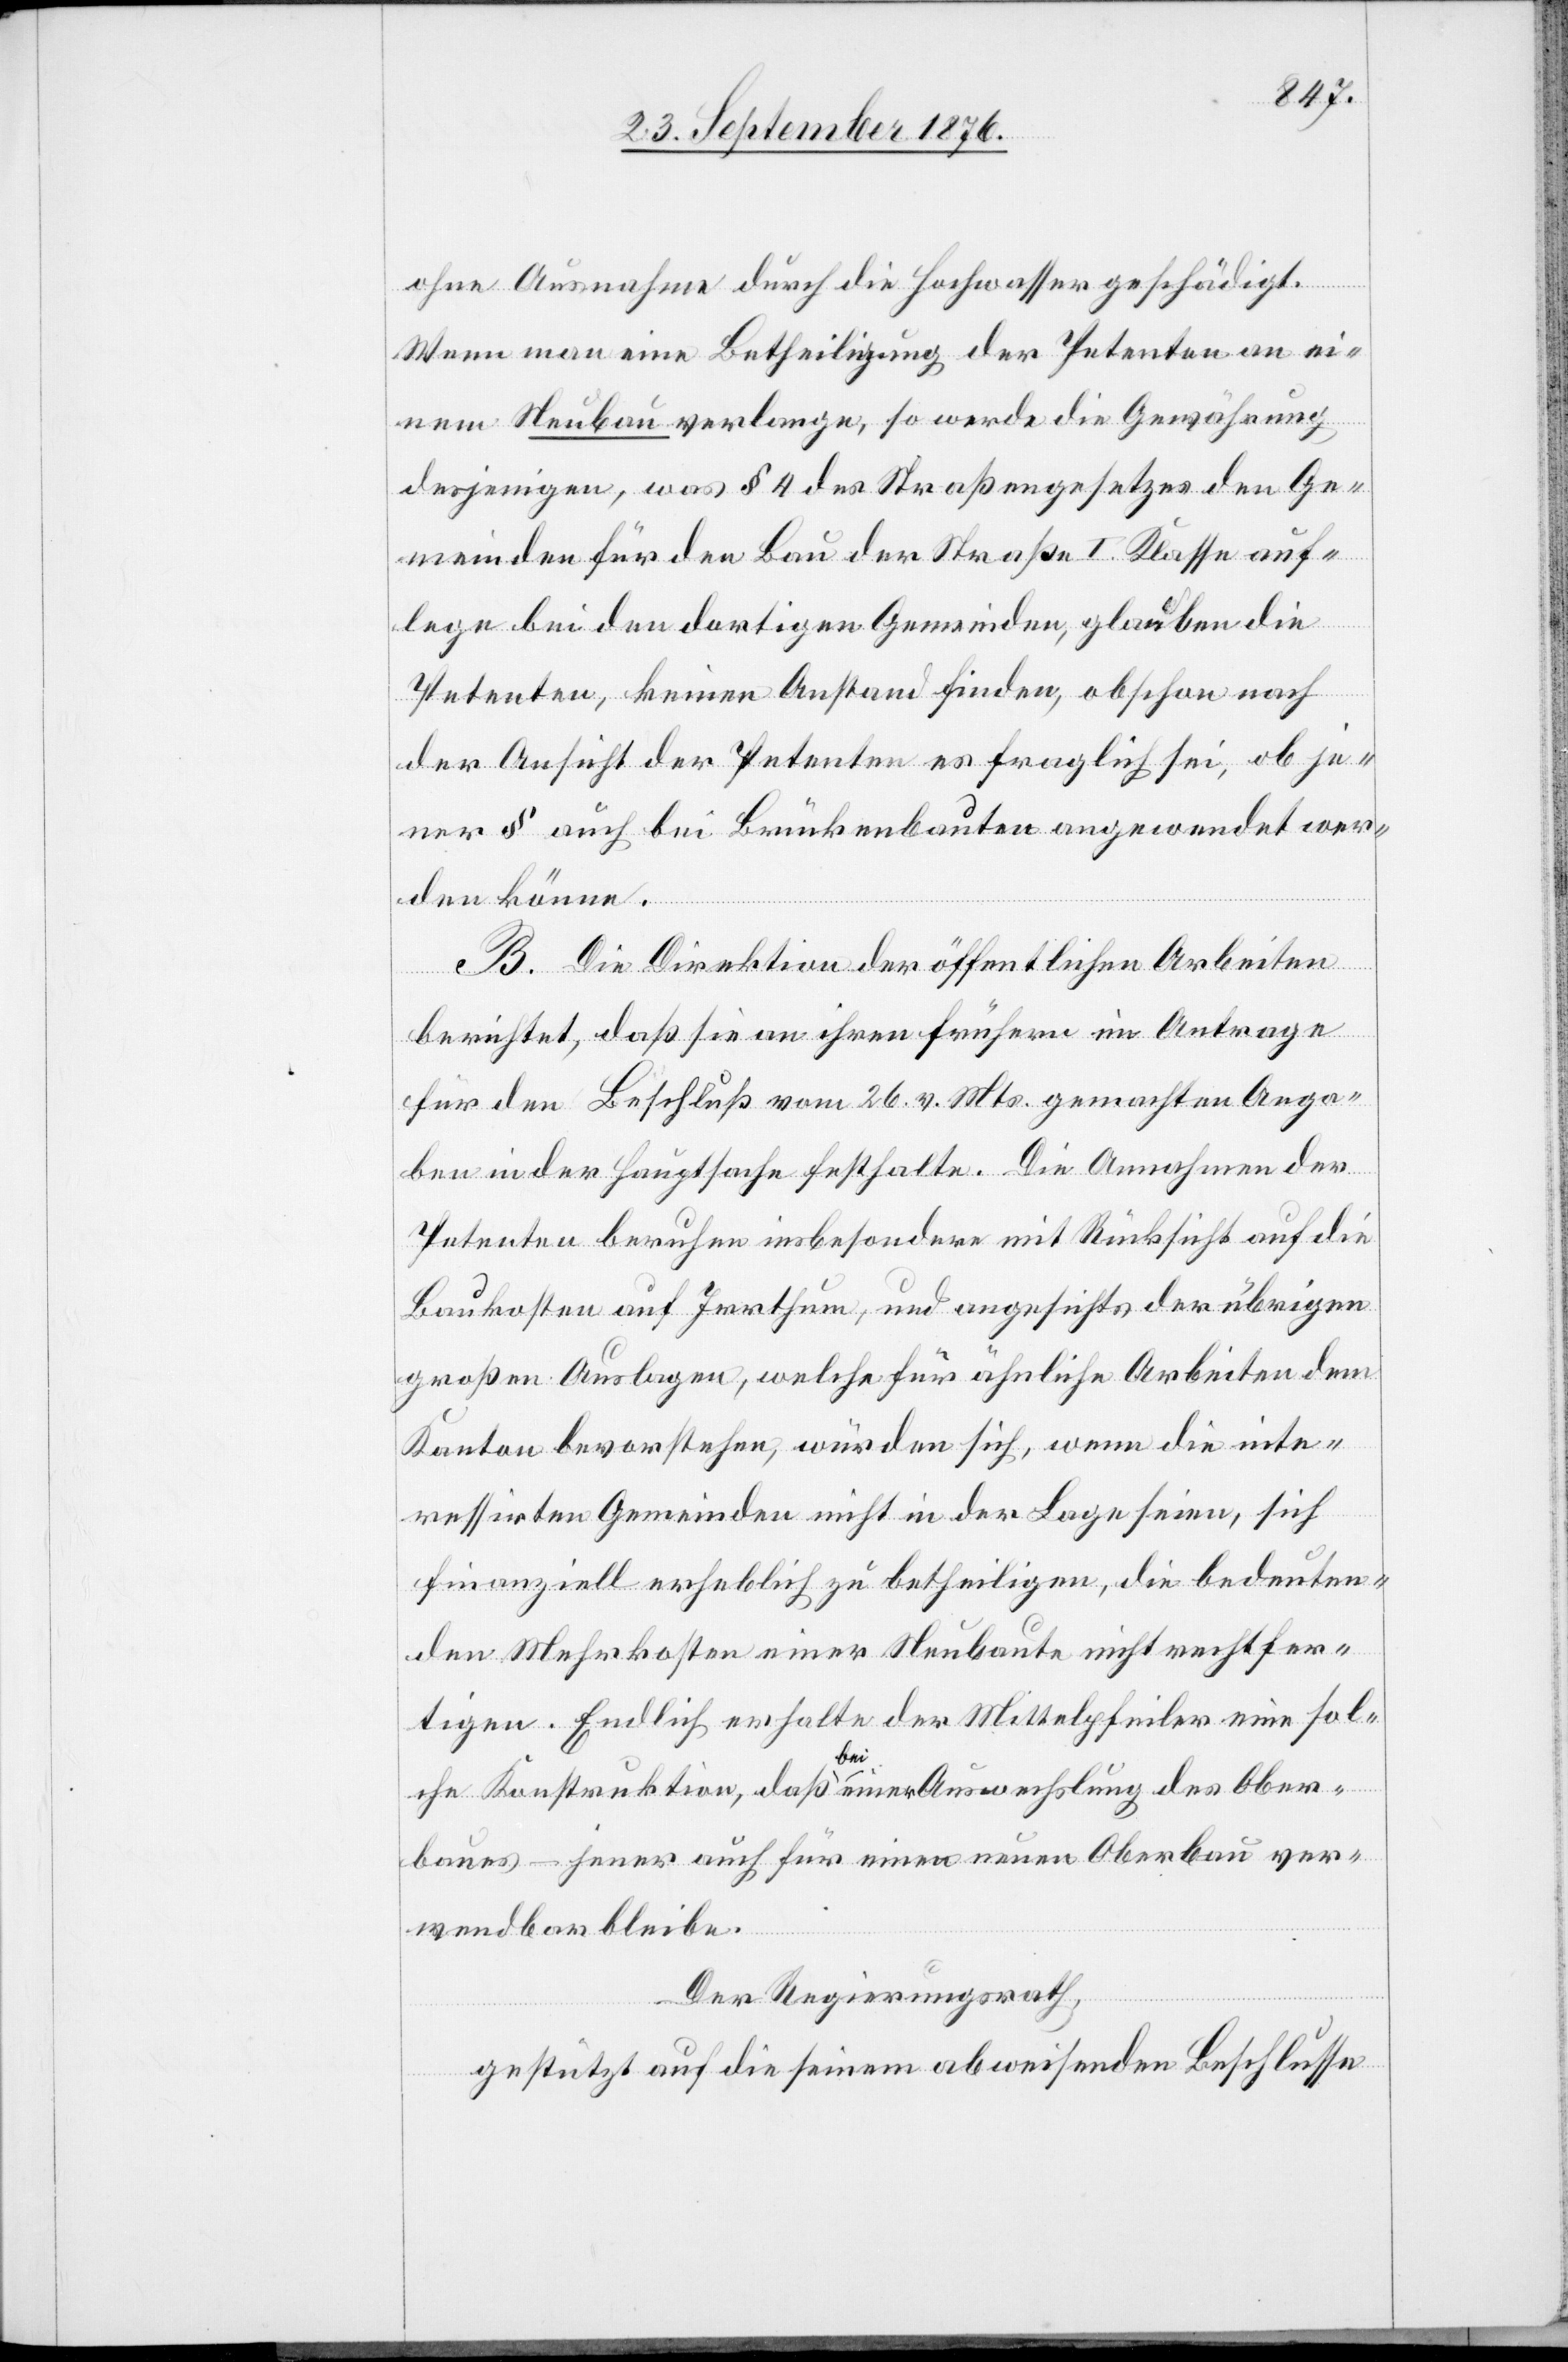
ohne Ausnahme durch die Hochwasser geschädigt.
Wenn man eine Betheiligung der Petenten an ei¬
nem Neubau verlange, so werde die Gewährung
desjenigen, was § 4 des Straßengesetzes den Ge¬
meinden für den Bau der Straße I. Klasse auf¬
lege bei den dortigen Gemeinden, glauben die
Petenten, keinen Anstand finden, obschon nach
der Ansicht der Petenten es fraglich sei, ob je¬
ner § auch bei Brückenbauten angewendet wer¬
den könne.
B. Die Direktion der öffentlichen Arbeiten
berichtet, daß sie an ihren frühern im Antrage
für den Beschluß vom 26. vor. Mts. gemachten Anga¬
ben in der Hauptsache festhalte. Die Annahme der
Petenten beruhen insbesondere mit Rücksicht auf die
Baukosten auf Irrthum, und angesichts der übrigen
großen Auslagen, welche für ähnliche Arbeiten dem
Kanon bevorstehen, würden sich, wenn die inte¬
ressirten Gemeinden nicht in der Lage seien, sich
finanziell erheblich zu betheiligen, die bedeuten¬
den Mehrkosten einer Neubaute nicht rechtfer¬
tigen. Endlich erhalte der Mittelpfeiler eine sol¬
che Konstruktion, daß a bei a einer Auswechslung des Ober¬
baues – jener auch für einen neuen Oberbau ver¬
wendbar bleibe.
Der Regierungsrath,
gestützt auf die seinem abweisenden Beschlusse